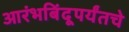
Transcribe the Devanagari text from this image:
आरंभबिंदूपर्यंतचे